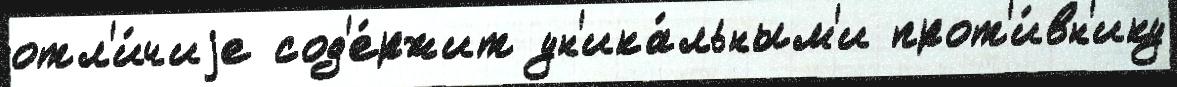
отл'и́чиjе сод'е́ржит ун'ика́льным'и прот'и́вн'ику